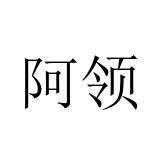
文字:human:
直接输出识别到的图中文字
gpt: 阿领